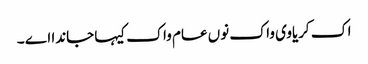
اک کریاوی واک نوں عام واک کیہا جاندا اے ۔